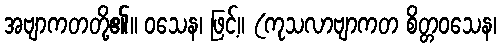
အဗျာကတတို့၏။ ဝသေန၊ ဖြင့်။ (ကုသလာဗျာကတ စိတ္တဝသေန၊